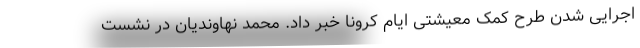
اجرایی شدن طرح کمک معیشتی ایام کرونا خبر داد. محمد نهاوندیان در نشست